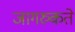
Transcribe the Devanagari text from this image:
जागरुकते